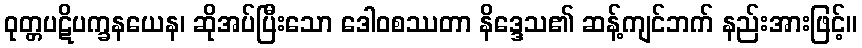
ဝုတ္တပဋိပက္ခနယေန၊ ဆိုအပ်ပြီးသော ဒေါဝစဿတာ နိဒ္ဒေသ၏ ဆန့်ကျင်ဘက် နည်းအားဖြင့်။